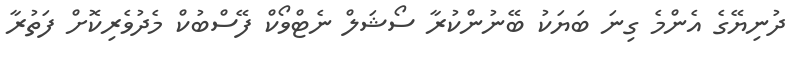
ދުނިޔޭގެ އެންމެ ގިނަ ބަޔަކު ބޭނުންކުރާ ސޯޝަލް ނެޓްވޯކް ފޭސްބުކް މެދުވެރިކޮށް ފަތުރާ